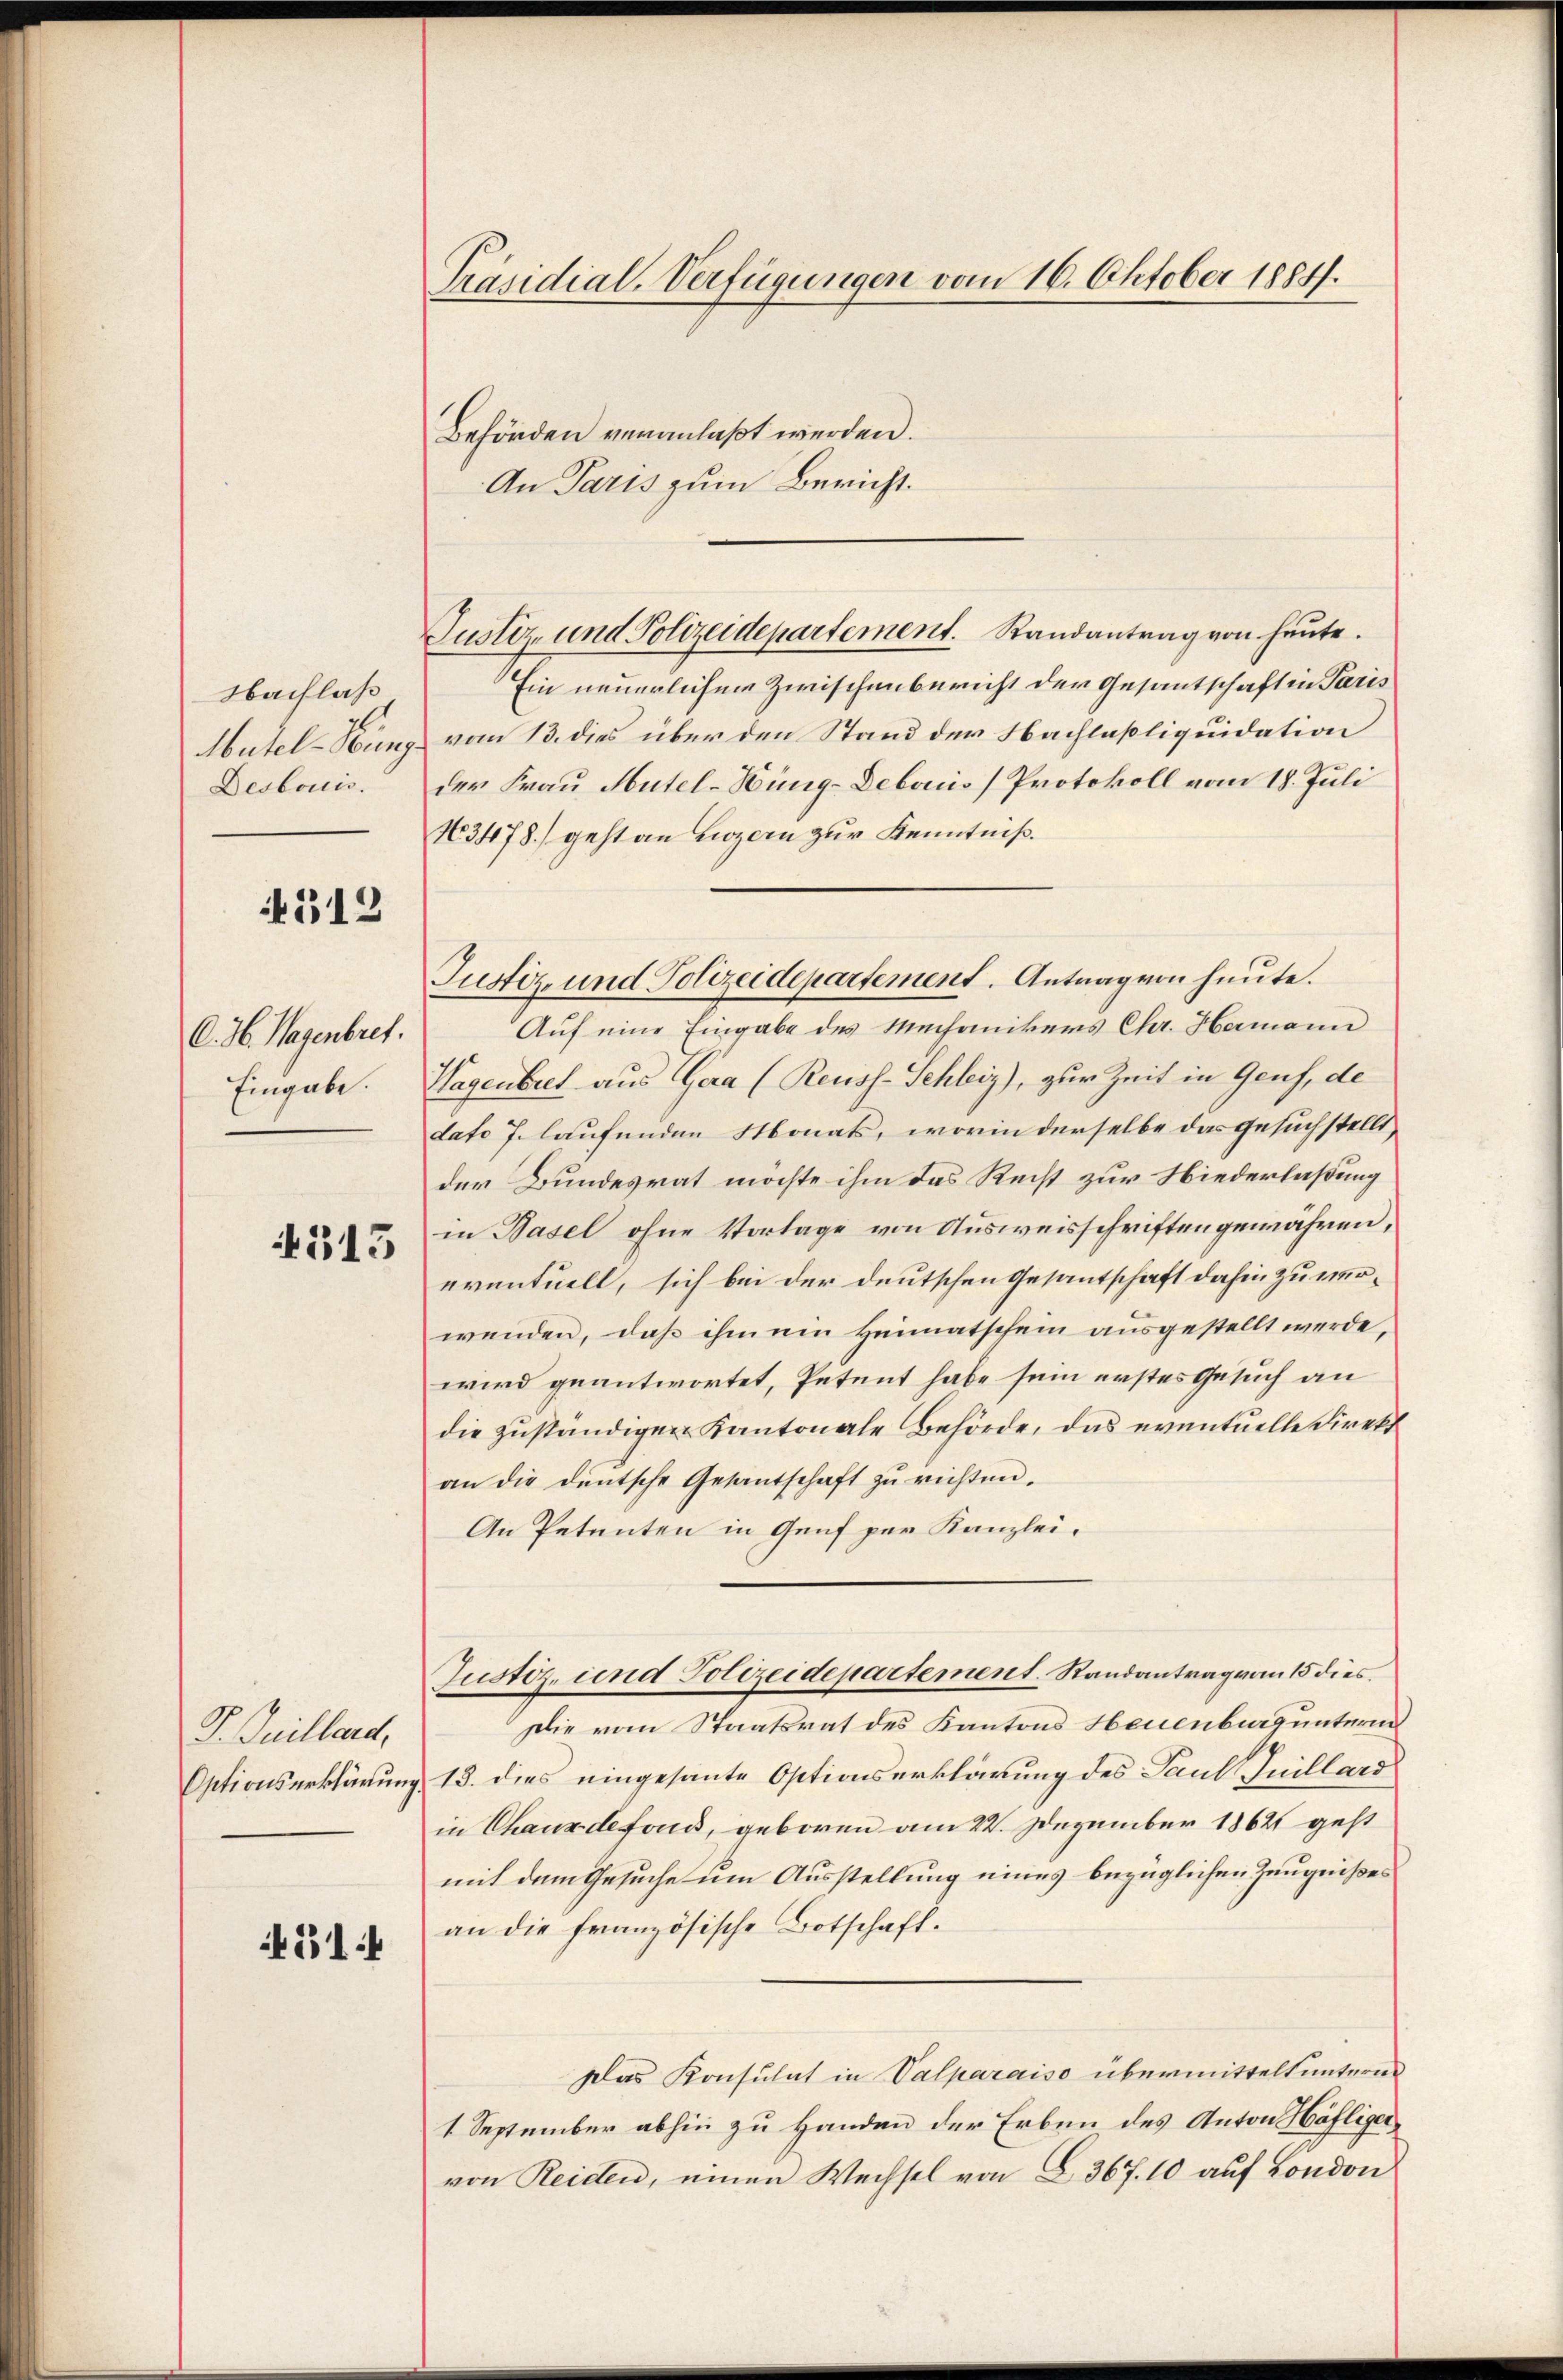
Nachlaß
Mutel-Kunz
Desbouis.

4512

C. H. Wagenbret.
Eingabe.

4513

P. Guillend,
Optionserklärung

514

Präsidial-Verfügungen vom 16. Oktober 1884.

Behörden veranlaßt werden.
An Paris zum Bericht.
Justiz- und Polizeidepartement. Randantrag von heute.
Ein neuerlichen Zwischenbericht der Gesantschaften Paris
vom 13. dies über den Stand der Nachlaßliquidation
der Frau Mutel-Hüng-Deboriis Protokoll vom 18. Juli
N63478) geht an nozern zur Kenntniß.
Auf eine Eingabe des Mechanikers Chr. Hermann
Wagenbret aus Gera (Reuss-Schleiz), zur Zeit in Genf, de
dato 7. laufenden Monats, worin derselbe das Gesuchstellt,
der Bundesrat möchte ihm das Recht zur Niederlaßung
in Basel ohne Vorlage von Ausweisschriften gewähren,
eventuell, sich bei der deutschen Gesantschaft dahin zu erwenden, daß ihm ein Heimatschein ausgestellt werde,
wird geantwortet, Petent habe sein erstes Gesuch an
die zuständigen Kantonale Behörde, das eventuelle Direkt
an die deutsche Gesantschaft zu richten.
An Petenten in Genf per Kanzlei,
Justiz- und Polizeidepartement. Randantrag vom 15 dies
Die vom Staatsrat des Kantons Neuenburg unterm
13. dies eingesante Optionserklärung des Paul Juillard
in Chaus defond, geboren am 22. Dezember 1862 geht
mit dem Gesuche um Ausstellung eines bezüglichen Zeugnißes
an die französische Botschaft.
Das Konsulat in Valparaiso übermittelt untern
1 September abhin zu Handen der Erben des Anton Häfliger,
von Reiden, einen Wechsel von § 367. 10 auf London

Justiz und Polizeidepartement. Antrag von heute.